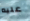
عليه